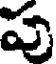
పు